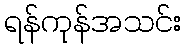
ရန်ကုန်အသင်း